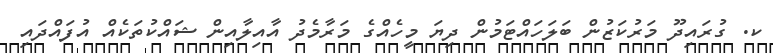
ކ. ގުރައިދޫ މަރުކަޒުން ބަލަހައްޓަމުން ދިޔަ މީހެއްގެ މަރާމެދު އާއިލާއިން ޝައްކުތަކެއް އުފައްދައި